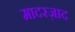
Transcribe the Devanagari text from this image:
मादरज़ाद